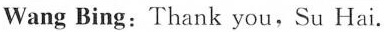
WangBing:Thank you,Su Hai.